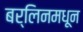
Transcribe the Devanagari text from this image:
बर्लिनमधून